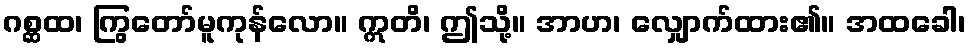
ဂစ္ဆထ၊ ကြွတော်မူကုန်လော။ ဣတိ၊ ဤသို့။ အာဟ၊ လျှောက်ထား၏။ အထခေါ၊